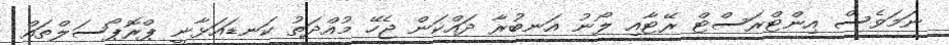
ނަމަވެސް އިންޓްރަސްޓް ރޭޓާއި ލޯނު އަނބުރާ ދައްކަން ޖެހޭ މުއްދަތު ކަނޑައަޅާނީ ޕްރޮޕޯސަލްތައް